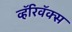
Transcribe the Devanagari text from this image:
व्हॅरिवॅक्स